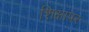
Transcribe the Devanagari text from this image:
शिक्षापर